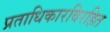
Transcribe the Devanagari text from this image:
प्रताधिकारविरहित